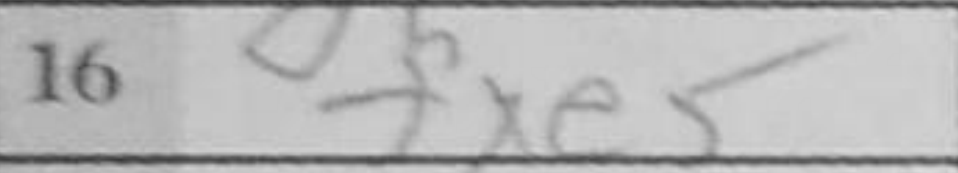
Transcription: fxe5